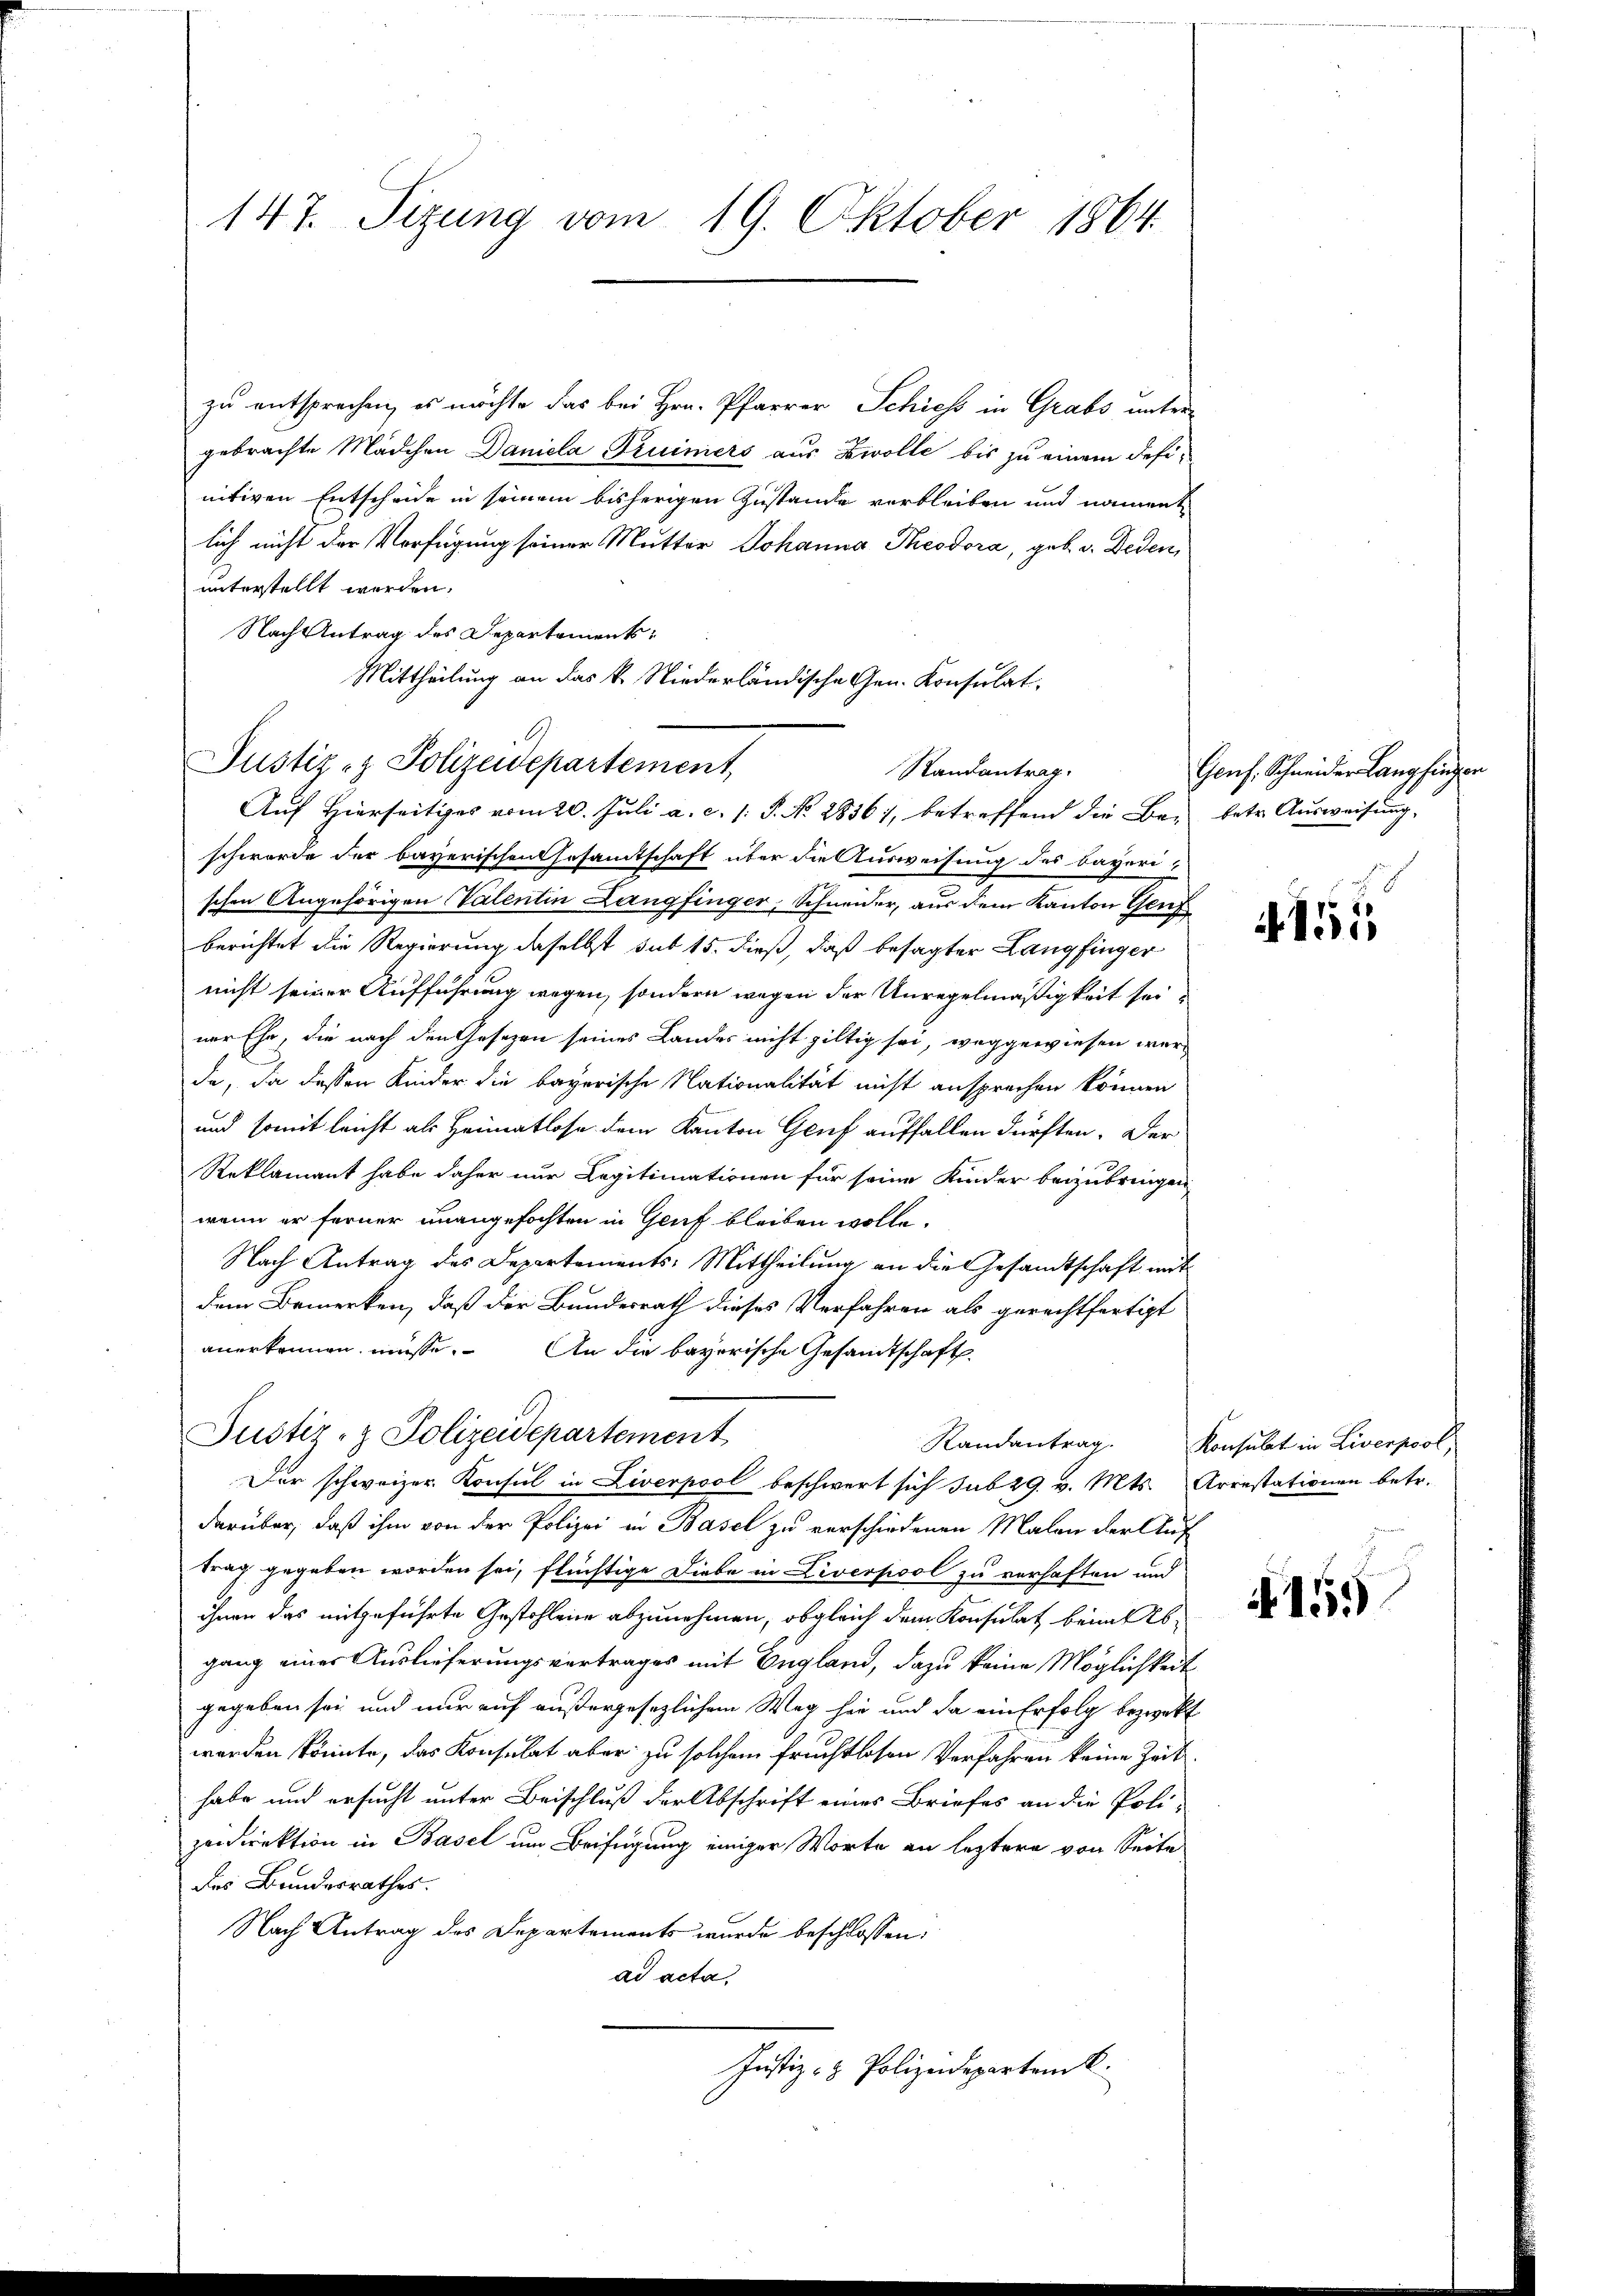
147. Sizung vom 19. Oktober 1864.

zu entsprechen, es möchte das bei Hrn. Pfarrer Schiess in Grabs unter-
gebrachte Mädchen Daniela Pruiniers aus Zwolle bis zu einem definitiven Entscheide in seinem bisherigen Zustande verbleiben und nament
lich nicht der Verfügung seiner Mutter Johanna Theodora, geb. v. Deden,
unterstellt werden.
Nach Antrag des Departements
Mittheilung an das k. Niederländische Gen. Konsulat.

Justiz- & Polizeidepartement,
Randantrag.

Aŭf Hierseitiges vom 20. Jŭli a. c. 1. P. No. 28361, betreffend die Be- betr. Aŭsweisŭng,
schwerde der bayerischen Gesamtschaft über die Ausweisung des bayeri-
schen Angehörigen Valentin Langfinger, Schneider, aus dem Kanton Genf
berichtet die Regierung daselbst sub 15. dieß, daß besagter Langfinger
nicht seiner Aufführung wegen, sondern wegen der Unregelmäßigkeit seiner Ehe, die nach den Gesezen seines Landes nicht giltig sei, weggewiesen werde, da dessen Kinder die bayerische Nationalität nicht ansprechen können
und somit leicht als Heimatlose dem Kanton Genf auffallen dürften. Der
Reklamant habe daher nur Legitimationen für seine Kinder beizubringen.
wenn er ferner unangefochten in Genf bleiben wolle.
Nach Antrag des Departements-Mittheilung an die Gesandtschaft mit
dem Bemerken, daß der Bundesrath dieses Verfahren als gerechtfertigt
anerkennen müsse. An die bayerische Gesandtschaft
Der schweizer Konsul in Liverpool beschwert sich sub 29. v. Mts. Arrestationen betr.
darüber, daß ihm von der Polizei in Basel zu verschiedenen Malen der Auf
trag gegeben worden sei, flüchtige Liebe in Liverpool zu verhaften und
ihnen das mitgeführte Gestohlene abzunehmen, obgleich dem Konsulat beim Abgang einer Auslieferungsvertrages mit England, dazu keine Möglichkeit
gegeben sei und nur auf außergesezlichem Weg hie und da ein Erfolg bezweckt
worden könnte, das Konsulat aber zu solchem fruchtlosen Verfahren keine Zeit
habe und ersucht unter Beischluß der Abschrift eines Briefes an die Poli-
zedirektion in Basel um Beifügung einiger Worte an leztere von Seite
des Bundesrathes.
Nach Antrag des Departements wurde beschlossen:
ad acta,
Justiz- & Polizeidepartem k.

Justiz- & Polizeidepartement

Genf. Schneider Langfingen

Randantrag. Konsulat in Liverpool,

155

N155